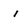
Character: i